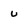
Character: u